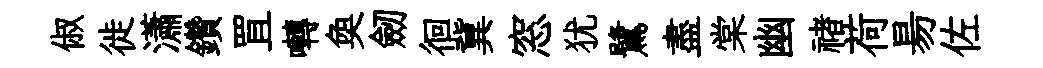
俶徙瀟鑽罝囀奐劒徊冀窓犹鷺盡棠幽禇荷昜佐